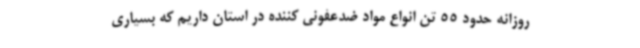
روزانه حدود 55 تن انواع مواد ضدعفونی کننده در استان داریم که بسیاری